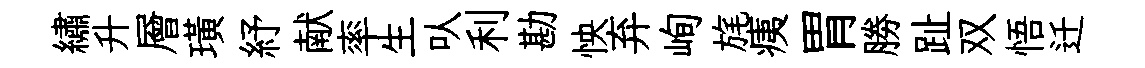
繡升層璜紓献率生㕥利勘怏弃峋旄痍胃勝趾双悟迁